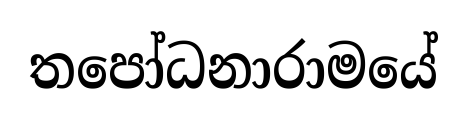
තපෝධනාරාමයේ